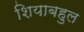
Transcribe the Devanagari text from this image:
शियाबहुल